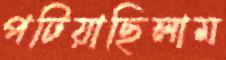
পটিয়াছিলাম